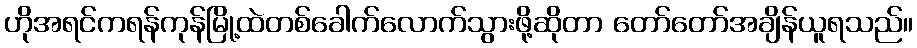
ဟိုအရင်ကရန်ကုန်မြို့ထဲတစ်ခေါက်လောက်သွားဖို့ဆိုတာ တော်တော်အချိန်ယူရသည်။